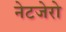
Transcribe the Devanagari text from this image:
नेटजेरो